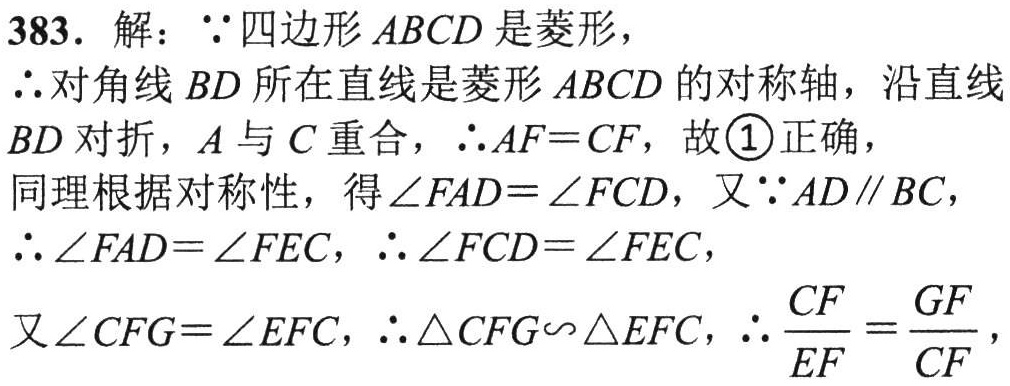
383. 解：\(\because\)四边形\(ABCD\)是菱形，

\(\therefore\)对角线\(BD\)所在直线是菱形\(ABCD\)的对称轴，沿直线\(BD\)对折，\(A\)与\(C\)重合，\(\therefore AF = CF\)，故\textcircled{1}正确，

同理根据对称性，得\(\angle FAD=\angle FCD\)，又\(\because AD\parallel BC\)，

\(\therefore \angle FAD=\angle FEC\)，\(\therefore \angle FCD=\angle FEC\)，

又\(\angle CFG=\angle EFC\)，\(\therefore \triangle CFG\sim\triangle EFC\)，\(\therefore \frac{CF}{EF}=\frac{GF}{CF}\)，